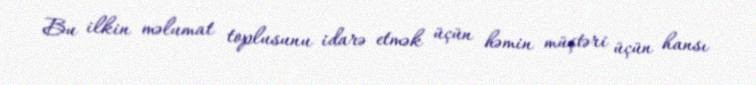
Bu ilkin məlumat toplusunu idarə etmək üçün həmin müştəri üçün hansı